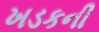
ખડકની